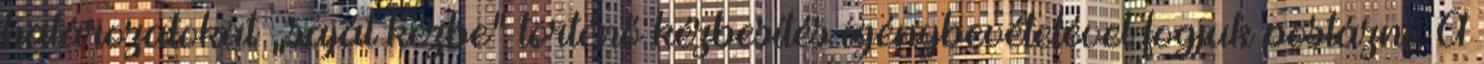
határozatokat „saját kézbe“ történő kézbesítés igénybevételével fogjuk postázni. A